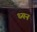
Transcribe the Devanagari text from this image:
ध्यन